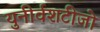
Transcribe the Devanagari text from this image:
युनीर्वशटीजो